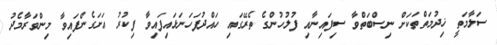
ސަލާމަތީ ޚިދުމަތްތަކަށް ނިސްބަތްވާ ސިފައިނާއި ފުލުހުންގެ ތެރޭގައި ހައްދުފަހަނަޅައިފައިވާ ފިކުރު އަށަގެންފައިވާ މިންވަރާމެދު